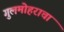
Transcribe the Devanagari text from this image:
गुलमोहराचा